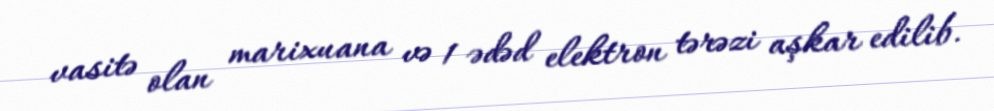
vasitə olan marixuana və 1 ədəd elektron tərəzi aşkar edilib.